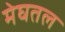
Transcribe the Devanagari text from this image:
मेघतल